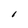
Character: l